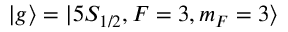
| g \rangle = | 5 S _ { 1 / 2 } , F = 3 , m _ { F } = 3 \rangle